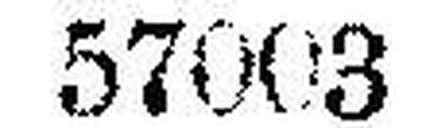
57003